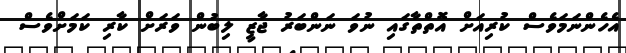
އެހެންނަމަވެސް ކުރިއަށް އޮތްތާގައި ނުވަ ނަންބަރު ޖާޒީ ލިބުން ވަރަށް ކާރި ކަމަށްވެސް